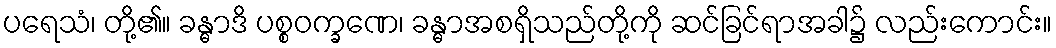
ပရေသံ၊ တို့၏။ ခန္ဓာဒိ ပစ္စဝက္ခဏေ၊ ခန္ဓာအစရှိသည်တို့ကို ဆင်ခြင်ရာအခါ၌ လည်းကောင်း။